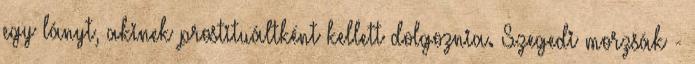
egy lányt, akinek prostituáltként kellett dolgoznia. Szegedi morzsák -